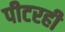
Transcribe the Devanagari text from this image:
पीटरही